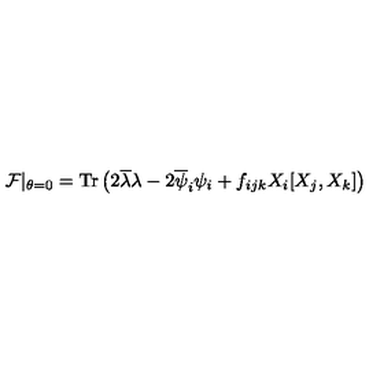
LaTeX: { \cal F } \vert _ { \theta = 0 } = \mathrm { T r } \left( 2 \overline { { \lambda } } \lambda - 2 \overline { { \psi } } _ { i } \psi _ { i } + f _ { i j k } X _ { i } [ X _ { j } , X _ { k } ] \right)